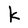
Character: K